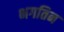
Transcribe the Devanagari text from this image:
भगतिन